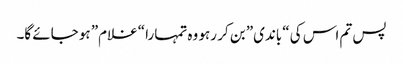
پس تم اس کی “باندی” بن کر رہو وہ تمہارا “غلام” ہو جائے گا۔